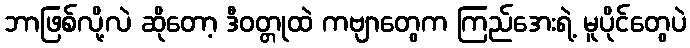
ဘာဖြစ်လို့လဲ ဆိုတော့ ဒီဝတ္တုထဲ ကဗျာတွေက ကြည်အေးရဲ့ မူပိုင်တွေပဲ